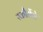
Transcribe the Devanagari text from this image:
स्कौर्सेसे